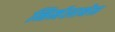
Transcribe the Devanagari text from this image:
निर्मलाबेन